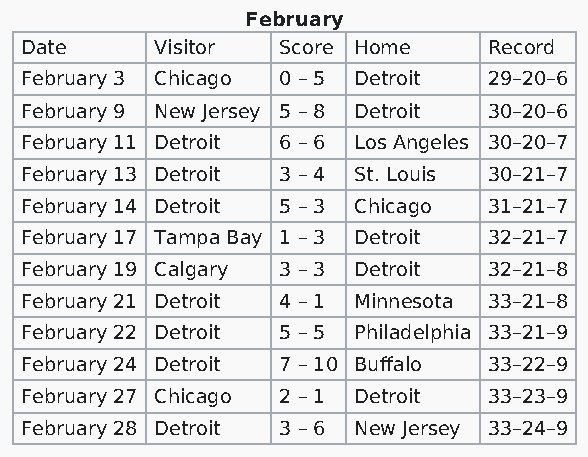
February
 Date     Visitor Score Home    Record
 February 3 Chicago 0 – 5 Detroit 29–20–6
 February 9 New Jersey 5 – 8 Detroit 30–20–6
 February 11 Detroit 6 – 6 Los Angeles 30–20–7
 February 13 Detroit 3 – 4 St. Louis 30–21–7
 February 14 Detroit 5 – 3 Chicago 31–21–7
 February 17 Tampa Bay 1 – 3 Detroit 32–21–7
 February 19 Calgary 3 – 3 Detroit 32–21–8
 February 21 Detroit 4 – 1 Minnesota 33–21–8
 February 22 Detroit 5 – 5 Philadelphia 33–21–9
 February 24 Detroit 7 – 10 Buffalo 33–22–9
 February 27 Chicago 2 – 1 Detroit 33–23–9
 February 28 Detroit 3 – 6 New Jersey 33–24–9